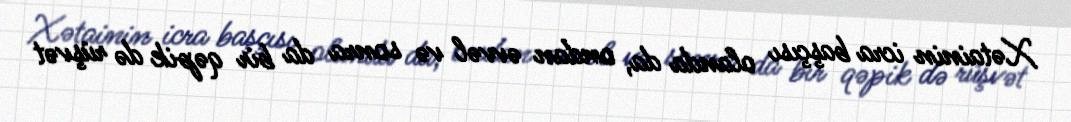
Xətainin icra başçısı olanda da, ondan əvvəl və sonra da bir qəpik də rüşvət